Lunatic asylums United Provinces 1909-1921 - 1909-1921
Year: 1909
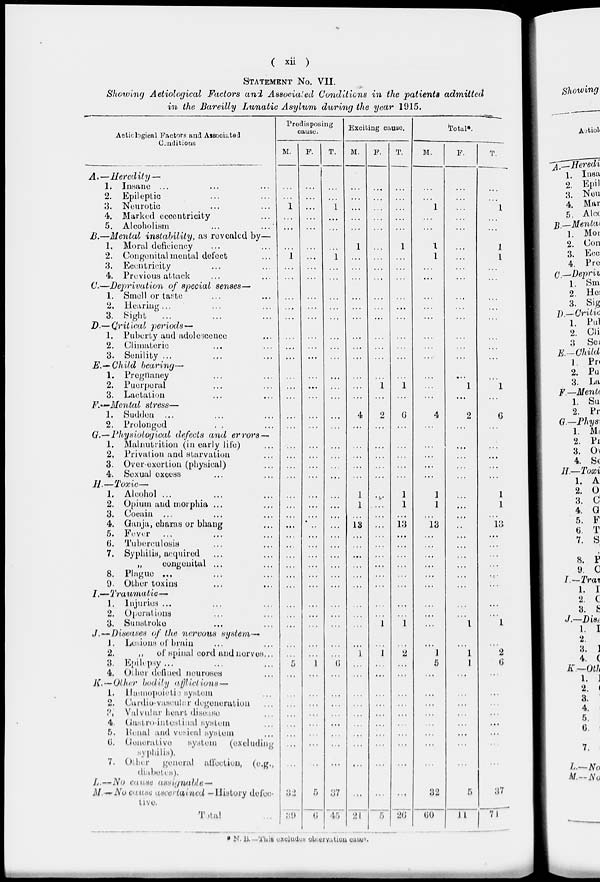
( xii )
STATEMENT No. VII.
Showing Aetiological Factors and Associated Conditions in the patients admitted
in the Bareilly Lunatic Asylum during the year 1915.
Aetiological Factors and Associated
Conditions
A.—Heredity
—
1. Insane ... ... ...
2. Epileptic ... ... ...
3. Neurotic ... ... ...
4. Marked eccentricity ... ... ...
5. Alcoholism ... ... ...
B.—Mental instability,
as revealed by—
1. Moral deficiency ... ...
2. Congenital mental defect ...
3. Ecentricity ... ...
4. Previous attack ... ...
C.—Deprivation
of special senses—
1. Smell or taste ... ...
2. Hearing ... ... ...
3.
Sight
... ... ...
D.—Critlcal
periods—
1. Puberty and adolescence ...
2.
Climateric ... ...
3. Senility ... ... ...
E.—Child
bearing—
1. Pregnancy ... ...
2. Puerperal ... ...
3. Lactation ... ...
F.—Mental
stress—
1. Sudden ... ... ...
2. Prolonged ... ...
G.—Physiological defects and errors —
1. Malnutrition (in early life) ...
2, Privation and starvation ...
3. Over-exertion (physical) ...
4. Sexual excess ... ...
H.—Toxic—
1. Alcohol ... ... ...
2. Opium and morphia ... ... ...
3. Cocain ... ... ...
4. Ganja, charas or bhang ...
5. Fever
... ... ...
6. Tuberculosis ... ...
7. Syphilis, acquired ... ...
„
congenital ... ...
8. Plague ... ... ...
9. Other toxins ... ...
I.—Traumatic—
1. Injuries ... ... ...
2. Operations ... ...
3. Sunstroke ... ...
J.—Diseases of the nervous
system—
J. Lesions of brain ... ...
2.
„
of spinal cord and nerves...
3. Epilepsy ... ... ...
4. Other defined neuroses ...
K. — Other bodily afflictions —
1. Hæmopoietic system ...
2. Cardio-vascular degeneration ...
3. Valvular heart disease ...
4. Gastro inteslinal system ...
5. Renal and vesical system ...
6.
Generative
system
(excluding
syphilis).
7. Other
general affection, (e.g.,
diabetes).
L. — No cause assignable —
M.—No cause ascertaiued —History defec-
live.
Total ...
Predisposing
cause.
M.
...
...
1
...
...
...
1
...
...
...
...
...
...
...
...
...
...
...
...
...
...
...
...
...
...
...
...
...
...
...
...
...
...
...
...
...
...
...
...
...
5
...
...
...
...
...
...
...
...
32
39
F.
...
...
...
...
...
...
...
...
...
...
...
...
...
...
...
...
...
...
...
...
...
...
...
...
...
...
...
...
...
...
...
...
...
...
...
...
...
...
...
...
1
...
...
...
...
...
...
...
...
5
6
T.
...
...
1
...
...
...
1
...
...
...
...
...
...
...
...
...
...
...
...
...
...
...
...
...
...
...
...
...
...
...
...
...
...
...
...
...
...
...
...
...
6
...
...
...
...
...
...
...
...
37
45
Exciting cause.
M.
...
...
...
...
...
1
...
...
...
...
...
...
...
...
...
...
...
...
...
4
...
...
...
...
...
1
1
...
13
...
...
...
...
...
...
...
...
...
...
1
...
...
...
...
...
...
...
...
...
...
21
F.
...
...
...
...
...
...
...
...
..
...
...
...
...
...
...
...
...
1
...
2
...
...
...
...
...
...
...
...
...
...
...
...
...
...
...
...
...
1
...
1
...
...
...
...
...
...
...
...
...
...
5
T.
...
...
...
...
...
1
...
...
...
...
...
...
...
...
...
...
...
1
...
6
...
...
...
...
...
1
1
...
13
...
...
...
...
...
...
...
...
1
...
2
...
...
...
...
...
...
...
...
...
...
26
Total*.
M.
...
...
1
...
...
1
1
...
...
...
...
...
...
...
...
...
...
...
...
4
...
...
...
...
1
1
...
13
...
...
...
...
...
...
...
...
...
...
1
5
...
...
...
...
...
...
...
...
32
60
F.
...
...
...
...
...
...
...
...
...
...
...
...
...
...
...
...
...
1
...
2
...
...
...
...
...
...
...
...
..
...
...
...
...
...
...
...
...
1
...
1
1
...
...
...
...
...
...
...
...
5
...
T.
...
...
1
...
...
1
1
...
...
...
...
...
...
...
...
...
...
1
...
6
...
...
...
...
...
1
1
...
13
...
...
...
...
...
...
...
1
...
2
6
...
...
...
...
...
...
...
...
37
71
* N. B. —This exclude observation cases.